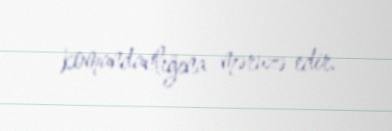
komandanlığına məruzə edir.